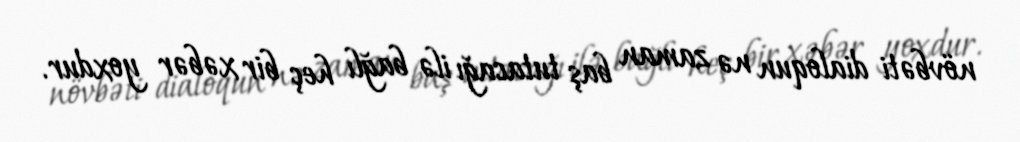
növbəti dialoqun nə zaman baş tutacağı ilə bağlı heç bir xəbər yoxdur.